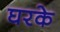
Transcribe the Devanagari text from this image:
घरके